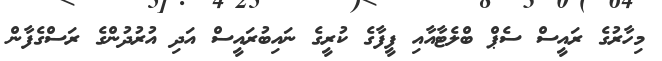
މިހާރުގެ ރައީސް ސެޕް ބްލެޓާއާއި ފީފާގެ ކުރީގެ ނައިބުރައީސް އަދި އުރުދުންގެ ރަސްގެފާން